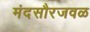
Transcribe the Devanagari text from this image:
मंदसौरजवळ